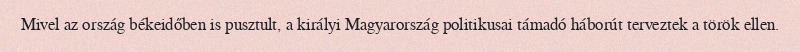
Mivel az ország békeidőben is pusztult, a királyi Magyarország politikusai támadó háborút terveztek a török ellen.